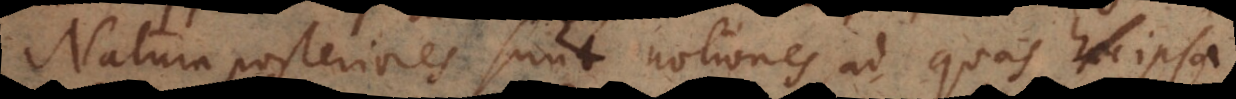
Natura posteriores sunt notiones, ad quas ipsa